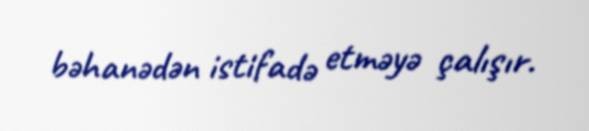
bəhanədən istifadə etməyə çalışır.